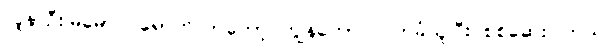
လူနာဦးမြမောင် ရောက်လာတော့ ကျွန်တော် လက်ခံယူပြီး စစ်ဆေးပါတယ်။